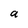
Character: a